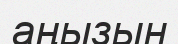
аңызын